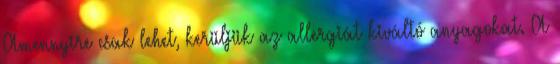
Amennyire csak lehet, kerüljük az allergiát kiváltó anyagokat. A